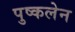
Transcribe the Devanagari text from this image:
पुष्कलेन